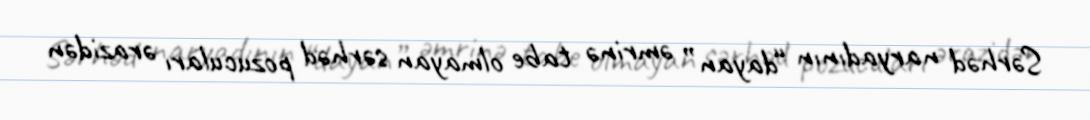
Sərhəd naryadının “dayan” əmrinə tabe olmayan sərhəd pozucuları ərazidən